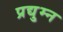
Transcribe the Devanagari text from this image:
प्रद्यु्म्न